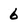
Character: 6